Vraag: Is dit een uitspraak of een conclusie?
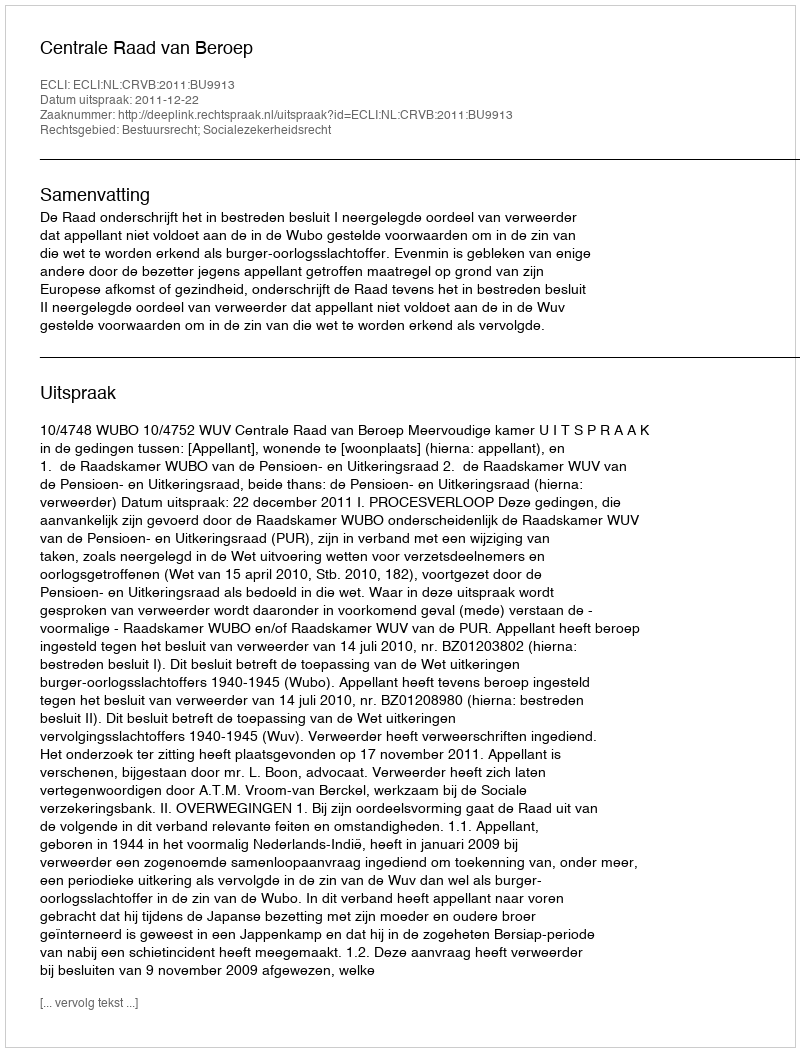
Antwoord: Uitspraak